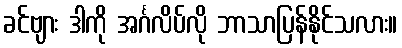
ခင်ဗျား ဒါကို အင်္ဂလိပ်လို ဘာသာပြန်နိုင်သလား။